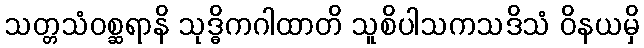
သတ္တသံဝစ္ဆရာနိ သုဒ္ဓိကဂါထာတိ သူစိပါသကသဒိသံ ဝိနယမှိ